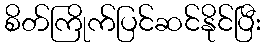
စိတ်ကြိုက်ပြင်ဆင်နိုင်ပြီး